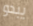
يبدو